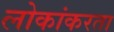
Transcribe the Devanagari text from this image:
लोकांकरता